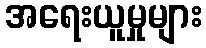
အရေးယူမှုများ